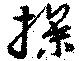
撡